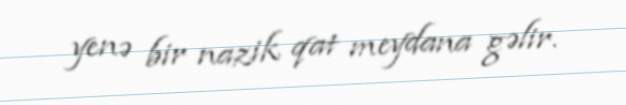
yenə bir nazik qat meydana gəlir.